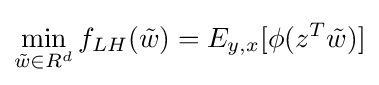
\min _{{\tilde {w}}\in R^{d}}f_{LH}({\tilde {w}})=E_{y,x}[\phi (z^{T}{\tilde {w}})]